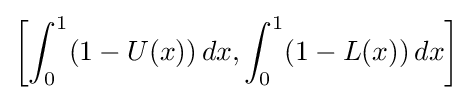
\left[\int _{0}^{1}(1-U(x))\,dx,\int _{0}^{1}(1-L(x))\,dx\right]